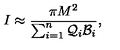
I \approx { \frac { \pi M ^ { 2 } } { \sum _ { i = 1 } ^ { n } { \cal Q } _ { i } { \cal B } _ { i } } } ,